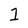
Character: 1